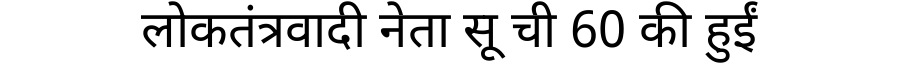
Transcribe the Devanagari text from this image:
लोकतंत्रवादी नेता सू ची 60 की हुईं